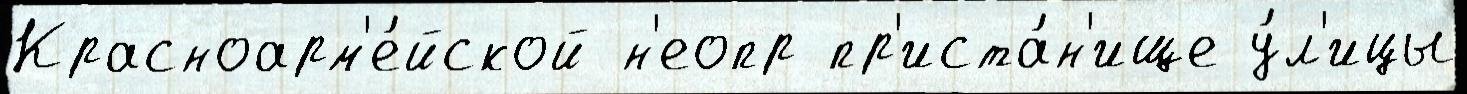
Красноарм'е́йской н'еопр пр'иста́н'ище у́л'ицы